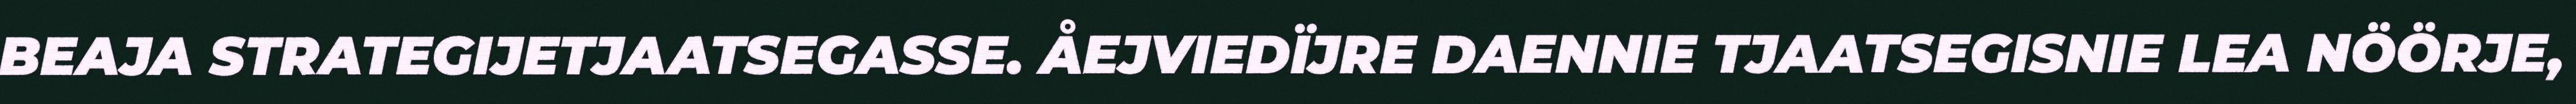
BEAJA STRATEGIJETJAATSEGASSE. ÅEJVIEDÏJRE DAENNIE TJAATSEGISNIE LEA NÖÖRJE,